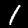
Label: 1